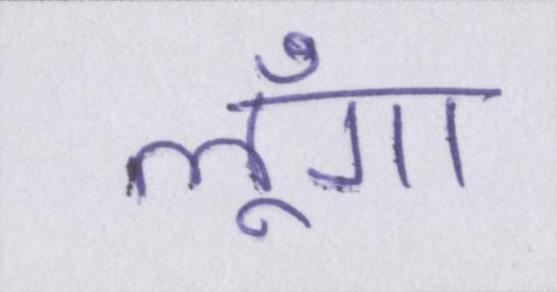
लूँगा